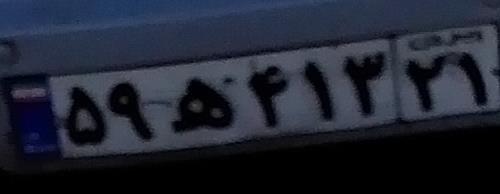
۵۹ه۴۱۳۲۱